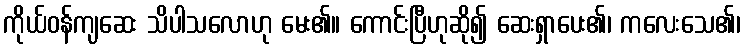
ကိုယ်ဝန်ကျဆေး သိပါသလောဟု မေး၏။ ကောင်းပြီဟုဆို၍ ဆေးရှာပေး၏၊ ကလေးသေ၏၊